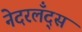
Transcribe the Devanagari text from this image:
नेदरलँद्स